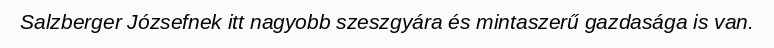
Salzberger Józsefnek itt nagyobb szeszgyára és mintaszerű gazdasága is van.